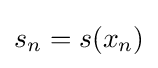
s_{n}=s(x_{n})